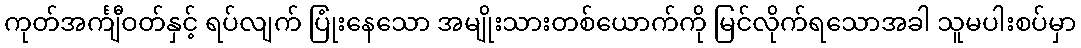
ကုတ်အင်္ကျီဝတ်နှင့် ရပ်လျက် ပြုံးနေသော အမျိုးသားတစ်ယောက်ကို မြင်လိုက်ရသောအခါ သူမပါးစပ်မှာ